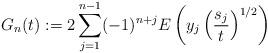
LaTeX: \begin{align*}G_n(t):= 2\sum\limits_{j=1}^{n-1}(-1)^{n+j}E\left(y_j\left(\dfrac{s_j}{t}\right)^{1/2}\right)\end{align*}